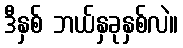
ဒီနှစ် ဘယ်နှခုနှစ်လဲ။